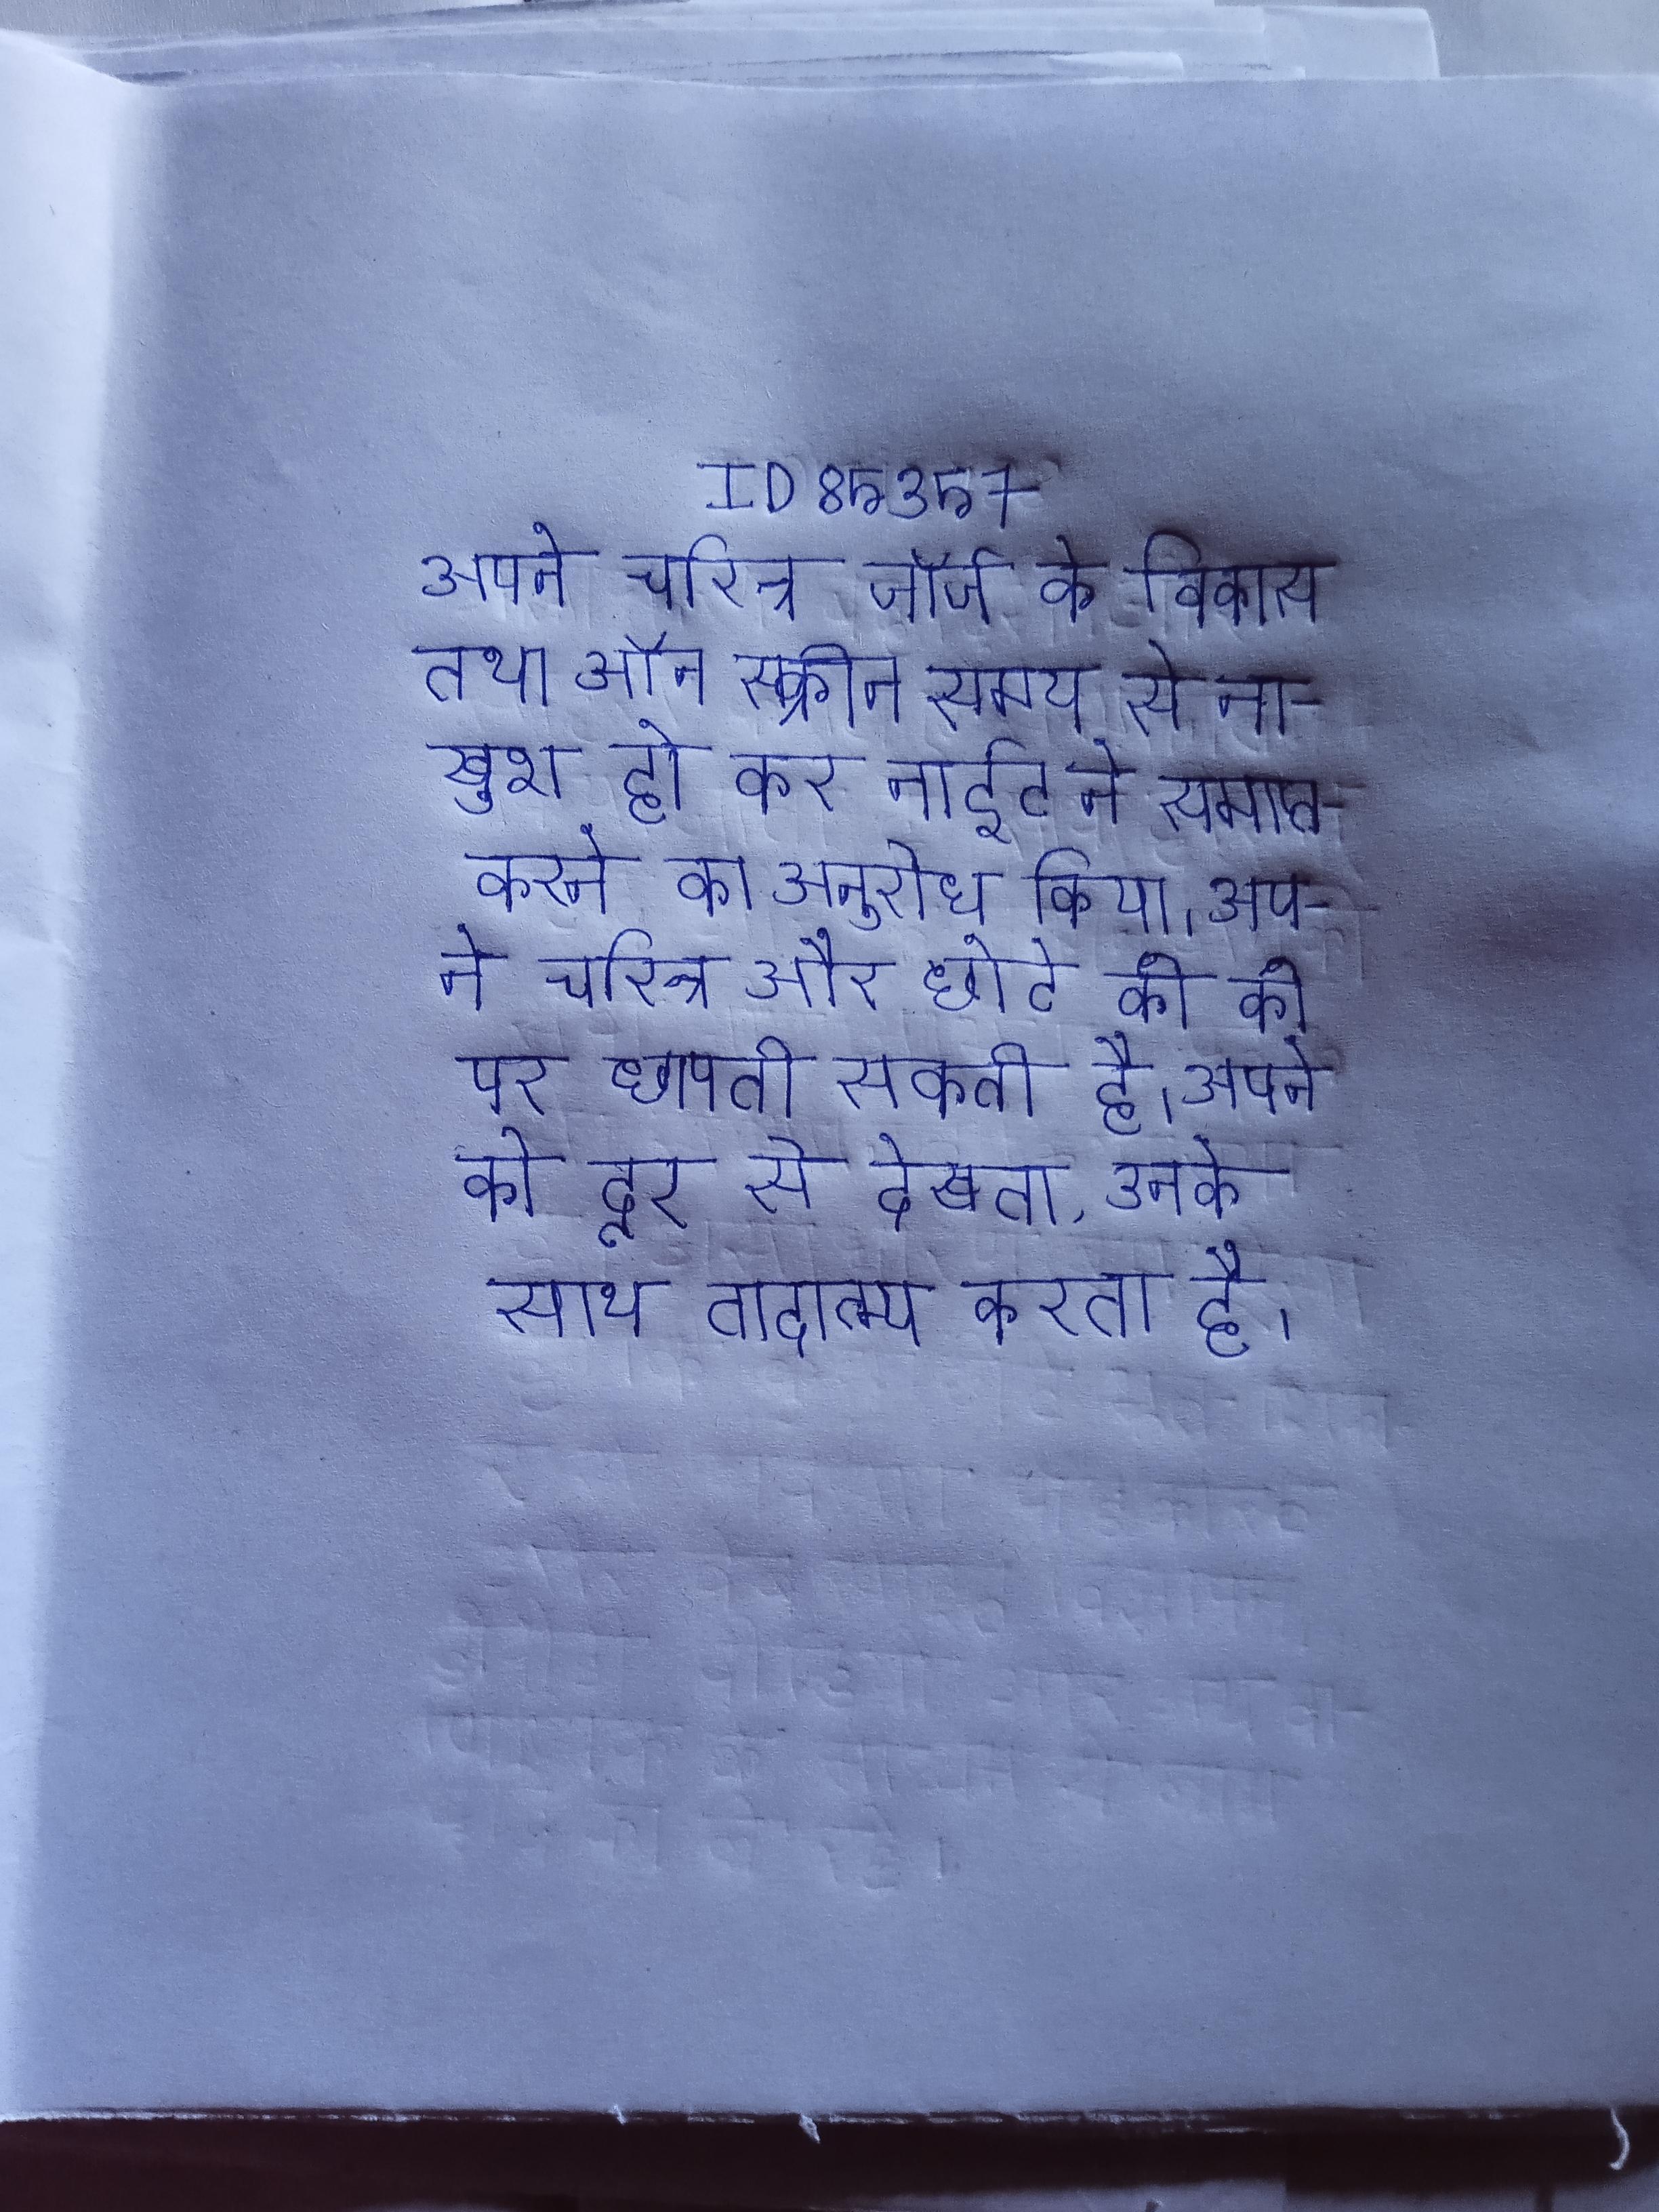
अपने चरित्र जॉर्ज के विकास तथा ऑन स्क्रीन समय से नाखुश हो कर नाईट ने समाप्त करने का अनुरोध किया । अपने चरित्र और छोटे की को के पर छापती सकती है । अपने को दूर से देखता, उनके साथ तादात्म्य करता है ।